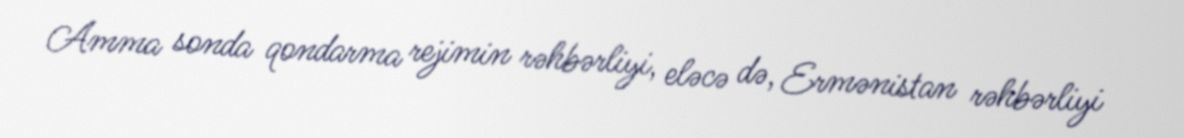
Amma sonda qondarma rejimin rəhbərliyi, eləcə də, Ermənistan rəhbərliyi